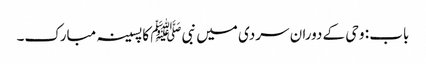
باب : وحی کے دوران سردی میں نبیﷺ کا پسینہ مبارک۔